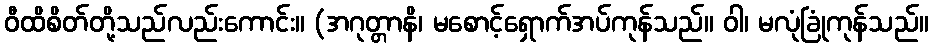
ဝီထိစိတ်တို့သည်လည်းကောင်း။ (အဂုတ္တာနိ၊ မစောင့်ရှောက်အပ်ကုန်သည်။ ဝါ၊ မလုံခြုံကုန်သည်။